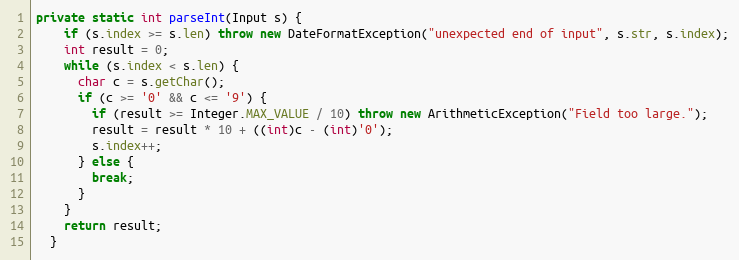
Language: Java
private static int parseInt(Input s) {
    if (s.index >= s.len) throw new DateFormatException("unexpected end of input", s.str, s.index);
    int result = 0;
    while (s.index < s.len) {
      char c = s.getChar();
      if (c >= '0' && c <= '9') {
        if (result >= Integer.MAX_VALUE / 10) throw new ArithmeticException("Field too large.");
        result = result * 10 + ((int)c - (int)'0');
        s.index++;
      } else {
        break;
      }
    }
    return result;
  }